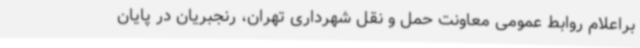
براعلام روابط عمومی معاونت حمل و نقل شهرداری تهران، رنجبریان در پایان